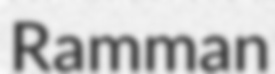
Ramman